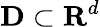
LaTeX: \mathbf{D}\subset\mathbf{R}^{d}